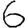
Digit: 6